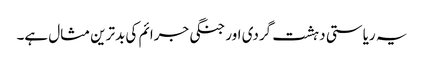
یہ ریاستی دہشت گردی اور جنگی جرائم کی بدترین مثال ہے۔